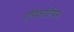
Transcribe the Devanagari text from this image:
एपिकार्डियम